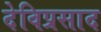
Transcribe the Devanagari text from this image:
देविप्रसाद